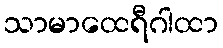
သာမာထေရီဂါထာ